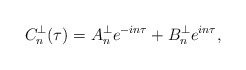
\begin{align*}C_n^\perp(\tau)=A_n^\perp e^{-in\tau}+B_n^\perp e^{in\tau},\end{align*}